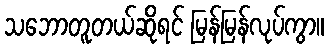
သဘောတူတယ်ဆိုရင် မြန်မြန်လုပ်ကွာ။